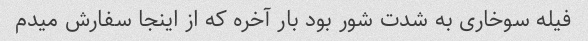
فیله سوخاری به شدت شور بود بار آخره که از اینجا سفارش میدم